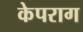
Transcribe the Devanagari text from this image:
केपराग